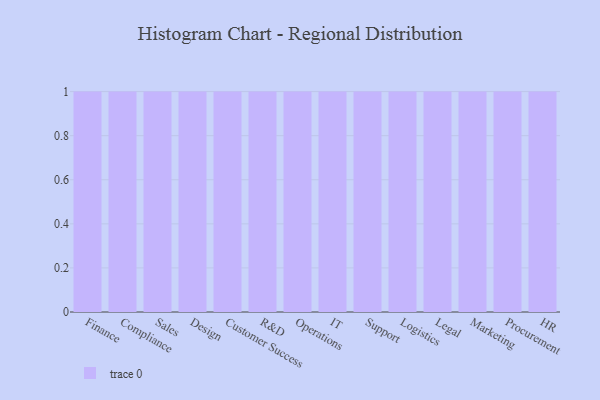
{"axis": {"x": "Department", "y": "Gross Profit (USD K)"}, "legend": [""], "data": [{"x": "Finance", "y": 6, "type": ""}, {"x": "Compliance", "y": 32, "type": ""}, {"x": "Sales", "y": 2, "type": ""}, {"x": "Design", "y": 64, "type": ""}, {"x": "Customer Success", "y": 2, "type": ""}, {"x": "R&D", "y": 18, "type": ""}, {"x": "Operations", "y": 12, "type": ""}, {"x": "IT", "y": 90, "type": ""}, {"x": "Support", "y": 67, "type": ""}, {"x": "Logistics", "y": 37, "type": ""}, {"x": "Legal", "y": 36, "type": ""}, {"x": "Marketing", "y": 3, "type": ""}, {"x": "Procurement", "y": 35, "type": ""}, {"x": "HR", "y": 63, "type": ""}]}